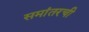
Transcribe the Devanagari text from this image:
समांतरची